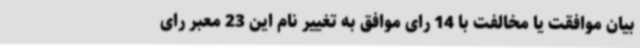
بیان موافقت یا مخالفت با 14 رای موافق به تغییر نام این 23 معبر رای